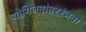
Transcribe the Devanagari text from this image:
योगिजनांतररंजना